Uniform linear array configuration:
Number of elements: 24
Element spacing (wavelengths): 0.25
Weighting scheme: blackman
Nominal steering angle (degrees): -15
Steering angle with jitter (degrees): -16.802
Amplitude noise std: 0.05
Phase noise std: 0.05

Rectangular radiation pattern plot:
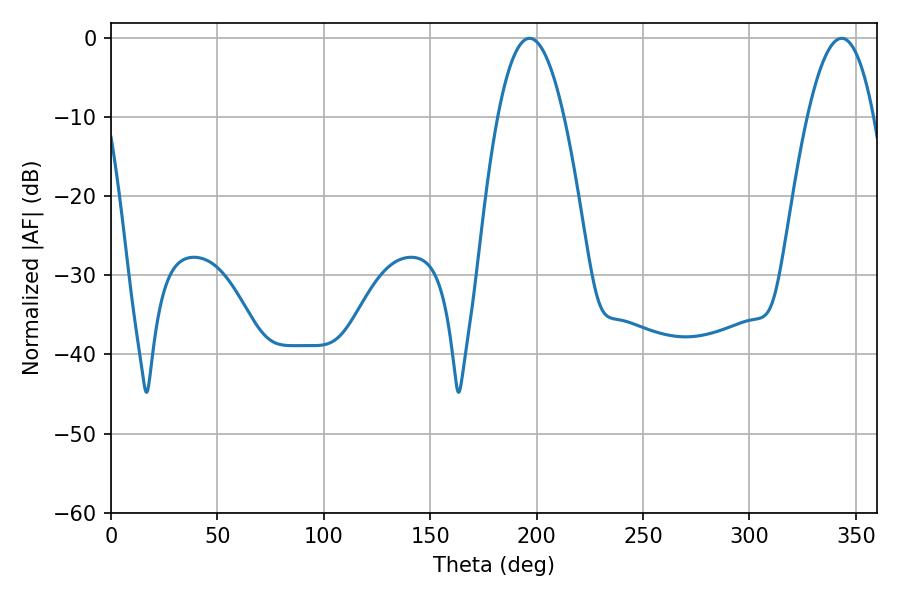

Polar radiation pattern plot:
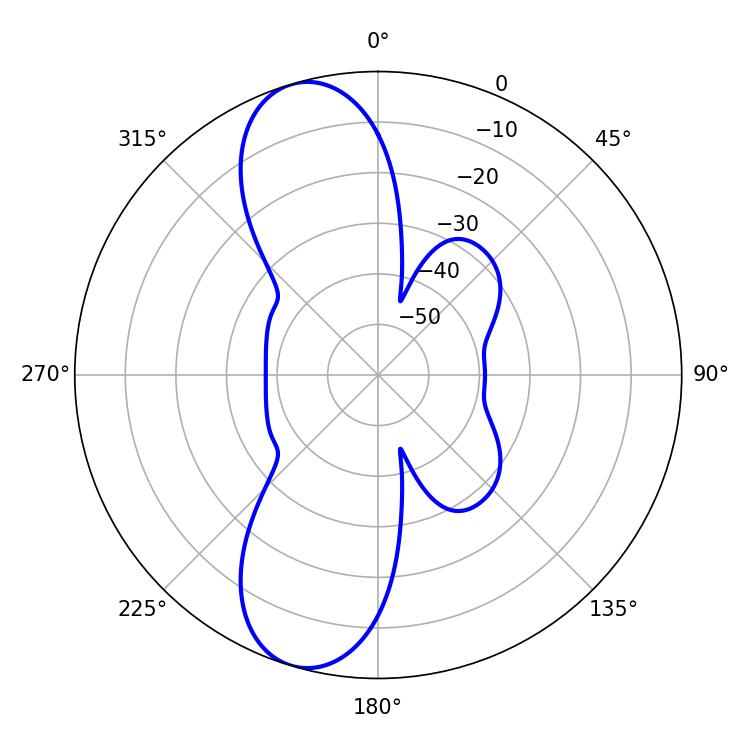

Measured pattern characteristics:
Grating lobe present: FALSE
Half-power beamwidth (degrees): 17.1
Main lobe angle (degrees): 196.74